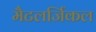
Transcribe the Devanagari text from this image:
मैटलर्जिकल